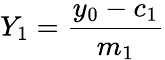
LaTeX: Y_{1}=\frac{y_{0}-c_{1}}{m_{1}}